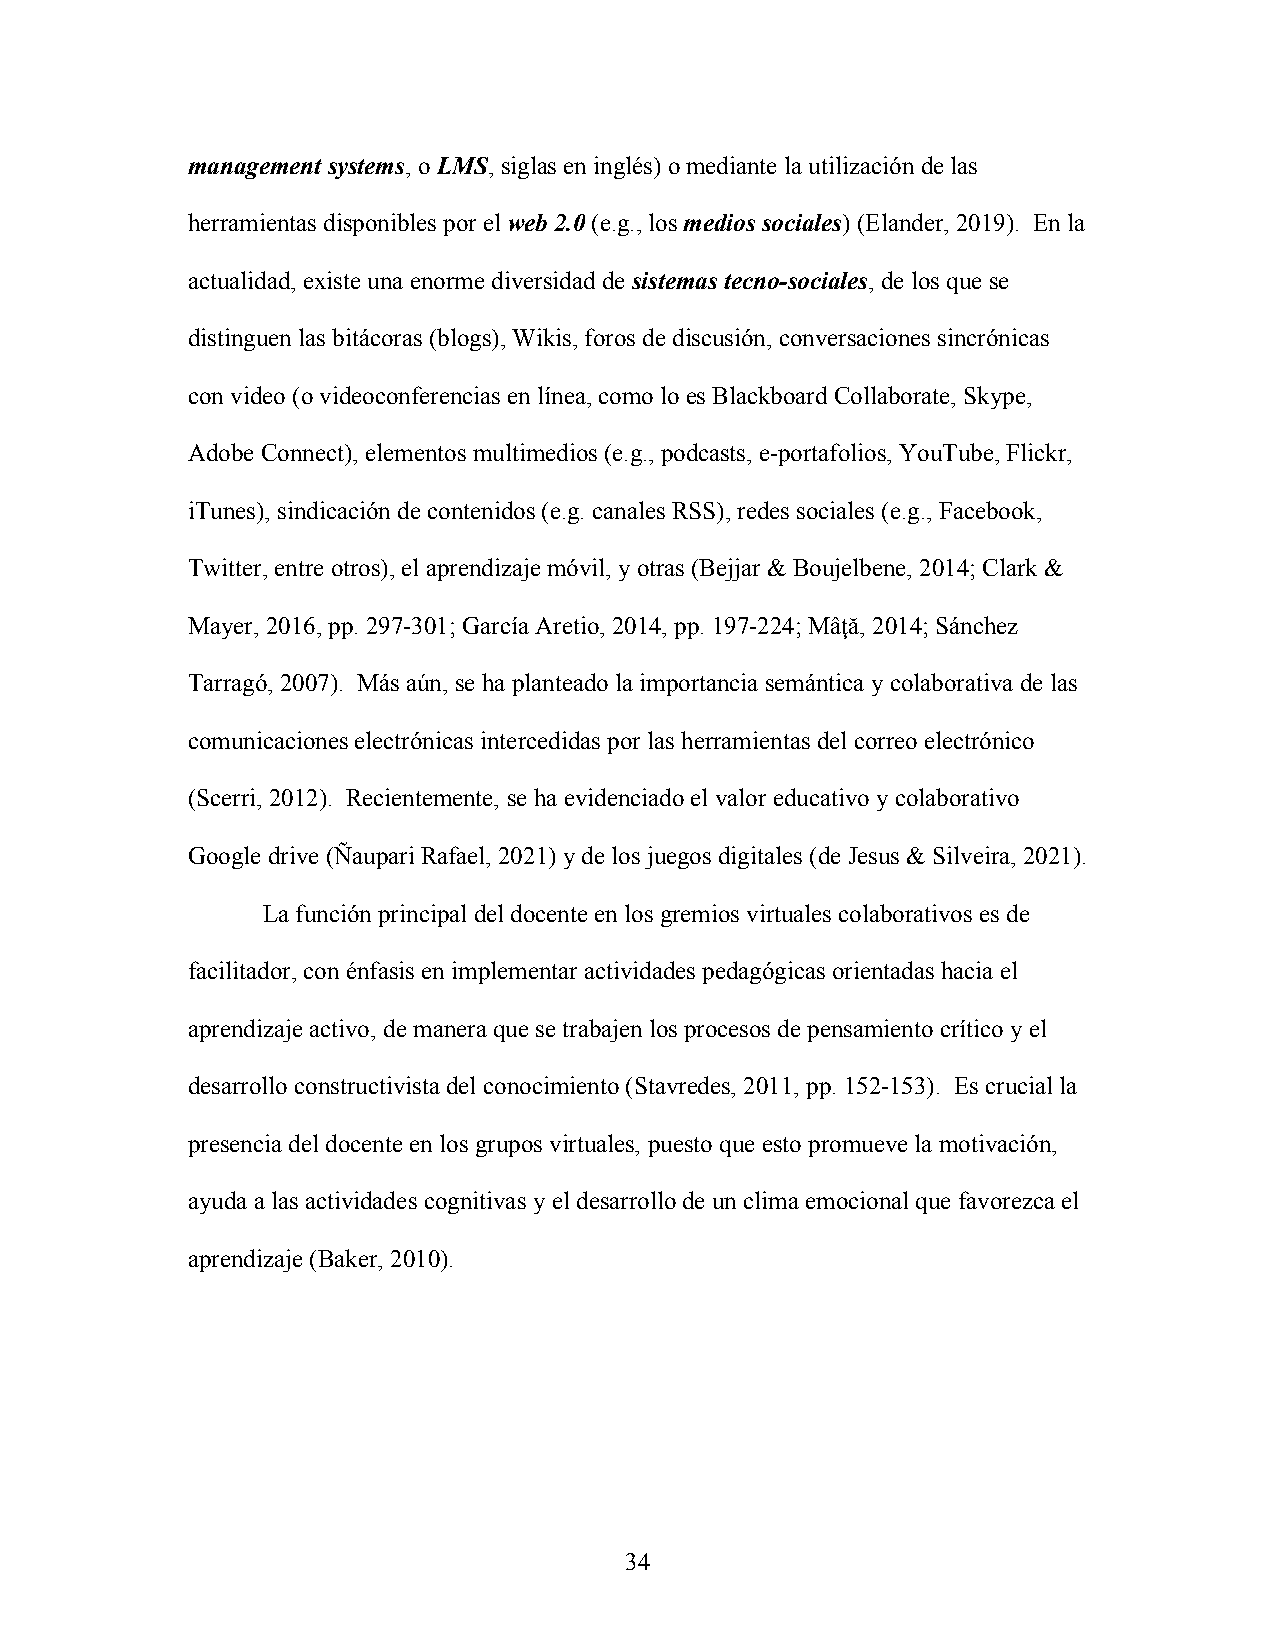
management systems, o LMS, siglas en inglés) o mediante la utilización de las
 herramientas disponibles por el web 2.0 (e.g., los medios sociales) (Elander, 2019). En la
 actualidad, existe una enorme diversidad de sistemas tecno-sociales, de los que se
 distinguen las bitácoras (blogs), Wikis, foros de discusión, conversaciones sincrónicas
 con video (o videoconferencias en línea, como lo es Blackboard Collaborate, Skype,
 Adobe Connect), elementos multimedios (e.g., podcasts, e-portafolios, YouTube, Flickr,
 iTunes), sindicación de contenidos (e.g. canales RSS), redes sociales (e.g., Facebook,
 Twitter, entre otros), el aprendizaje móvil, y otras (Bejjar & Boujelbene, 2014; Clark &
 Mayer, 2016, pp. 297-301; García Aretio, 2014, pp. 197-224; Mâţă, 2014; Sánchez
 Tarragó, 2007). Más aún, se ha planteado la importancia semántica y colaborativa de las
 comunicaciones electrónicas intercedidas por las herramientas del correo electrónico
 (Scerri, 2012). Recientemente, se ha evidenciado el valor educativo y colaborativo
 Google drive (Ñaupari Rafael, 2021) y de los juegos digitales (de Jesus & Silveira, 2021).
 La función principal del docente en los gremios virtuales colaborativos es de
 facilitador, con énfasis en implementar actividades pedagógicas orientadas hacia el
 aprendizaje activo, de manera que se trabajen los procesos de pensamiento crítico y el
 desarrollo constructivista del conocimiento (Stavredes, 2011, pp. 152-153). Es crucial la
 presencia del docente en los grupos virtuales, puesto que esto promueve la motivación,
 ayuda a las actividades cognitivas y el desarrollo de un clima emocional que favorezca el
 aprendizaje (Baker, 2010).
 34